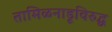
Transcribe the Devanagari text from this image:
तामिळनाडूविरुद्ध